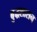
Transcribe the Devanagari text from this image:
बुद्धशासन